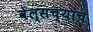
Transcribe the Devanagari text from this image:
वेल्सच्याच